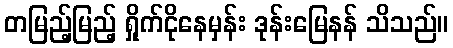
တမြည့်မြည့် ရှိုက်ငိုနေမှန်း ဒုန်းမြေနန် သိသည်။